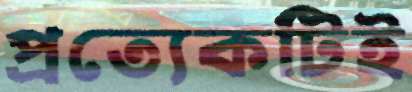
প্রত্যেকটিই